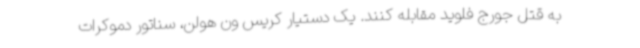
به قتل جورج فلوید مقابله کنند. یک دستیار کریس ون هولن، سناتور دموکرات